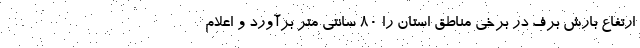
ارتفاع بارش برف در برخی مناطق استان را ۸۰ سانتی متر برآورد و اعلام